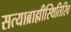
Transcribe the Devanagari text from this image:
सत्याब्राह्मीस्थितिरिव